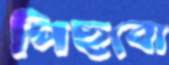
পিছবো